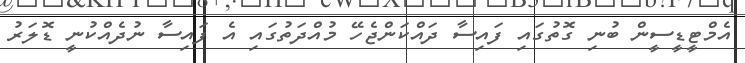
އެމްޓީޑީސީން ބުނި ގޮތުގައި ފައިސާ ދައްކަންޖެހޭ މުއްދަތުގައި އެ ފައިސާ ނުދެއްކުނީ ޑޮލަރު